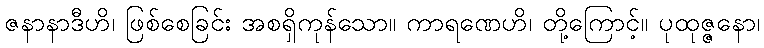
ဇနာနာဒီဟိ၊ ဖြစ်စေခြင်း အစရှိကုန်သော။ ကာရဏေဟိ၊ တို့ကြောင့်။ ပုထုဇ္ဇနော၊